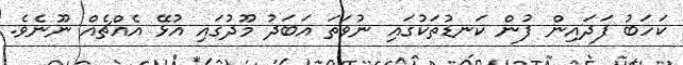
ކަހަބު ފަދައިން ފުން ކަނޑުތަކުގައި ނުވަތަ އަބަދު މޫދުގައި އުޅޭ އެއްޗެއް ނޫނެވެ.